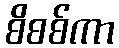
စိစစ်ကာ